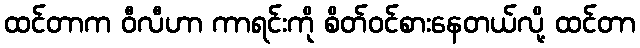
ထင်တာက ဝီလီဟာ ကာရင်းကို စိတ်ဝင်စားနေတယ်လို့ ထင်တာ